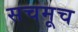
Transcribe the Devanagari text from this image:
सचमूच